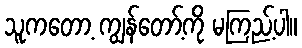
သူကတော့ ကျွန်တော့်ကို မကြည့်ပါ။